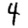
Digit: 4